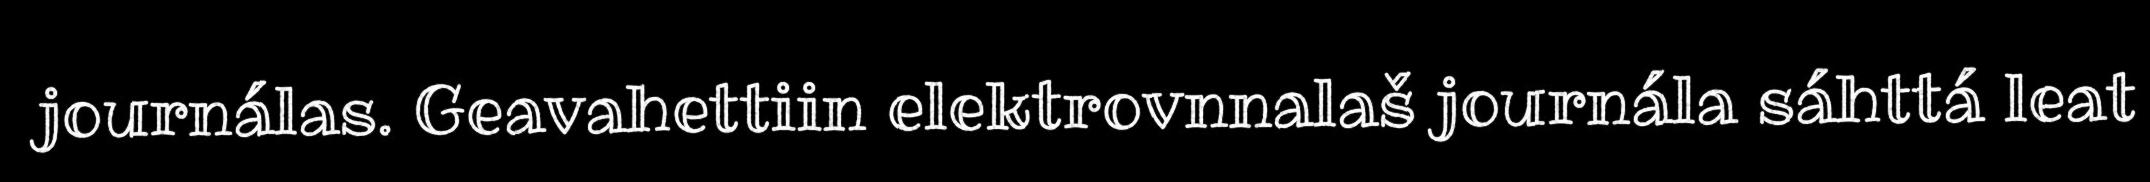
journálas. Geavahettiin elektrovnnalaš journála sáhttá leat